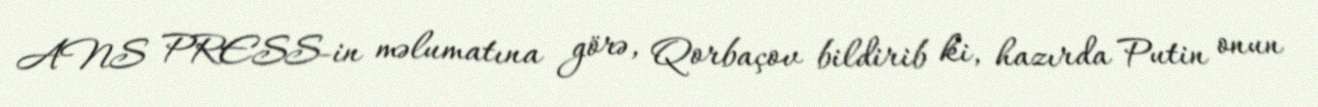
ANS PRESS-in məlumatına görə, Qorbaçov bildirib ki, hazırda Putin onun